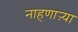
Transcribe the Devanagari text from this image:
नाहणाऱ्या